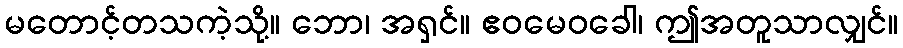
မတောင့်တသကဲ့သို့။ ဘော၊ အရှင်။ ဧဝမေဝခေါ၊ ဤအတူသာလျှင်။